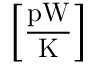
\left[ \frac { \mathrm { p W } } { \mathrm { K } } \right]